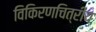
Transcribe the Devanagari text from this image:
विकिरणचित्रीय